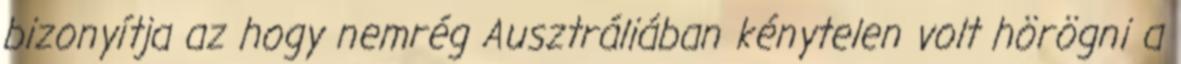
bizonyítja az hogy nemrég Ausztráliában kénytelen volt hörögni a